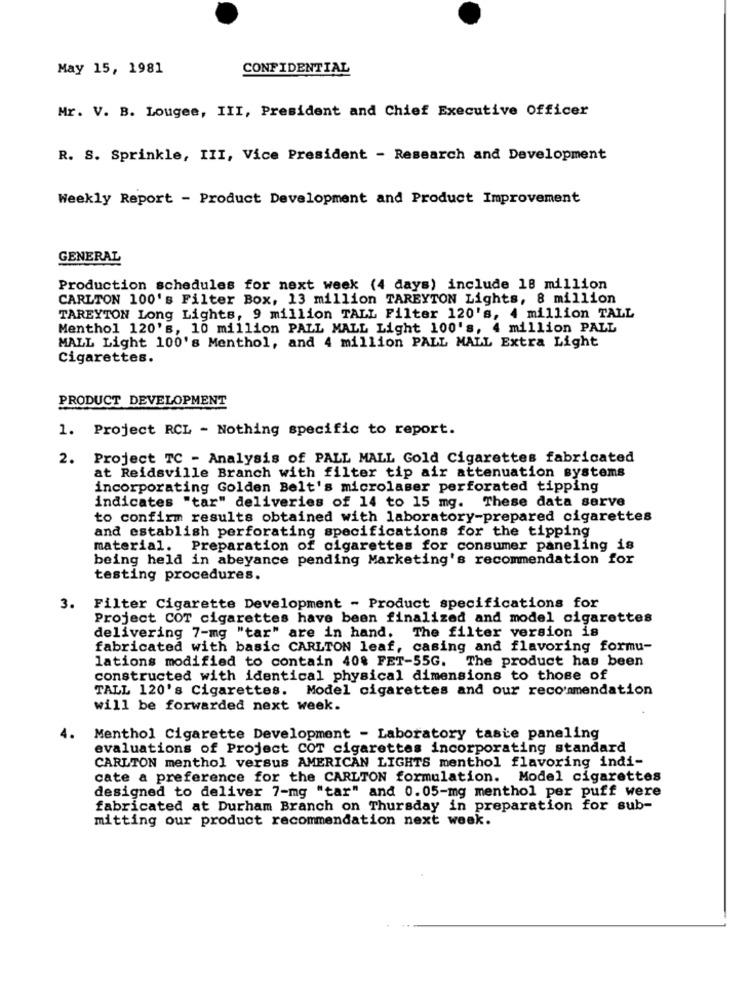
May 15, 1981
CONFIDENTIAL
Mr. V. B. Lougee, III, President and Chief Executive Officer
R. S. Sprinkle, III, Vice President - Research and Development
Weekly Report - Product Development and Product Improvement
GENERAL
Production schedules for next week (4 days) include 18 million
CARLTON 100's Filter Box, 13 million TAREYTON Lights, 8 million
TAREYTON Long Lights, 9 million TALL Filter 120's, 4 million TALL
Menthol 120's, 10 million PALL MALL Light 100's, 4 million PALL
MALL Light 100's Menthol, and 4 million PALL MALL Extra Light
Cigarettes.
PRODUCT DEVELOPMENT
1. Project RCL - Nothing specific to report.
Project TC - Analysis of PALL MALL Gold Cigarettes fabricated
at Reidsville Branch with filter tip air attenuation systems
incorporating Golden Belt's microlaser perforated tipping
indicates "tar" deliveries of 14 to 15 mg. These data serve
to confirm results obtained with laboratory-prepared cigarettes
and establish perforating specifications for the tipping
material. Preparation of cigarettes for consumer paneling is
being held in abeyance pending Marketing's recommendation for
testing procedures.
3.
Filter Cigarette Development - Product specifications for
Project COT cigarettes have been finalized and model cigarettes
delivering 7-mg "tar" are in hand. The filter version is
fabricated with basic CARLTON leaf, casing and flavoring formu-
lations modified to contain 408 FET-55G. The product has been
constructed with identical physical dimensions to those of
TALL 120's Cigarettes. Model cigarettes and our recommendation
will be forwarded next week.
4.
Menthol Cigarette Development - Laboratory taste paneling
evaluations of Project COT cigarettes incorporating standard
CARLTON menthol versus AMERICAN LIGHTS menthol flavoring indi-
cate a preference for the CARLTON formulation. Model cigarettes
designed to deliver 7-mg "tar" and 0.05-mg menthol per puff were
fabricated at Durham Branch on Thursday in preparation for sub-
mitting our product recommendation next week.